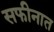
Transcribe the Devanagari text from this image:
सफीनात